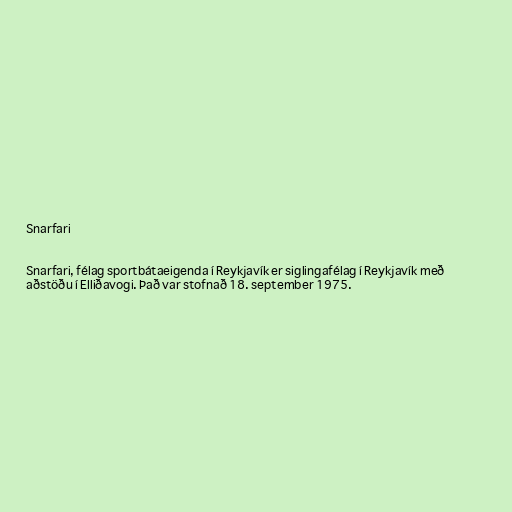
Snarfari

Snarfari, félag sportbátaeigenda í Reykjavík er siglingafélag í Reykjavík með
aðstöðu í Elliðavogi. Það var stofnað 18. september 1975.